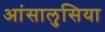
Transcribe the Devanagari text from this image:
आंसालुसिया